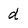
Character: d